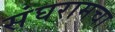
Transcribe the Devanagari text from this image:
संघरामचा